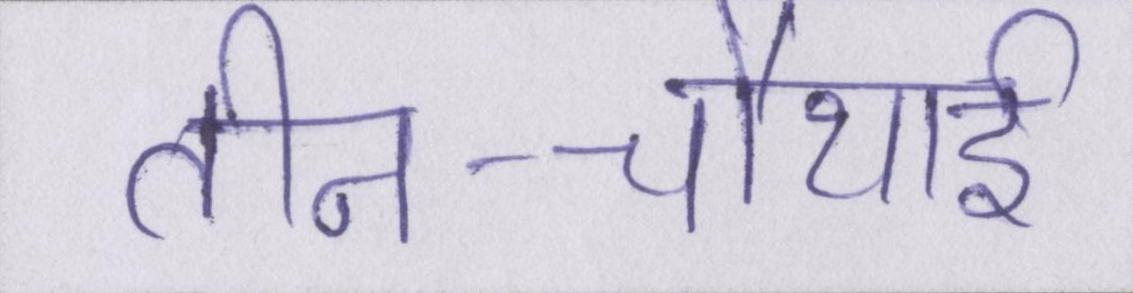
तीन-चौथाई